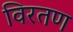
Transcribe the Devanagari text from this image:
विरतण